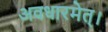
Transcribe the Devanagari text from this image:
अवधारमेत्।